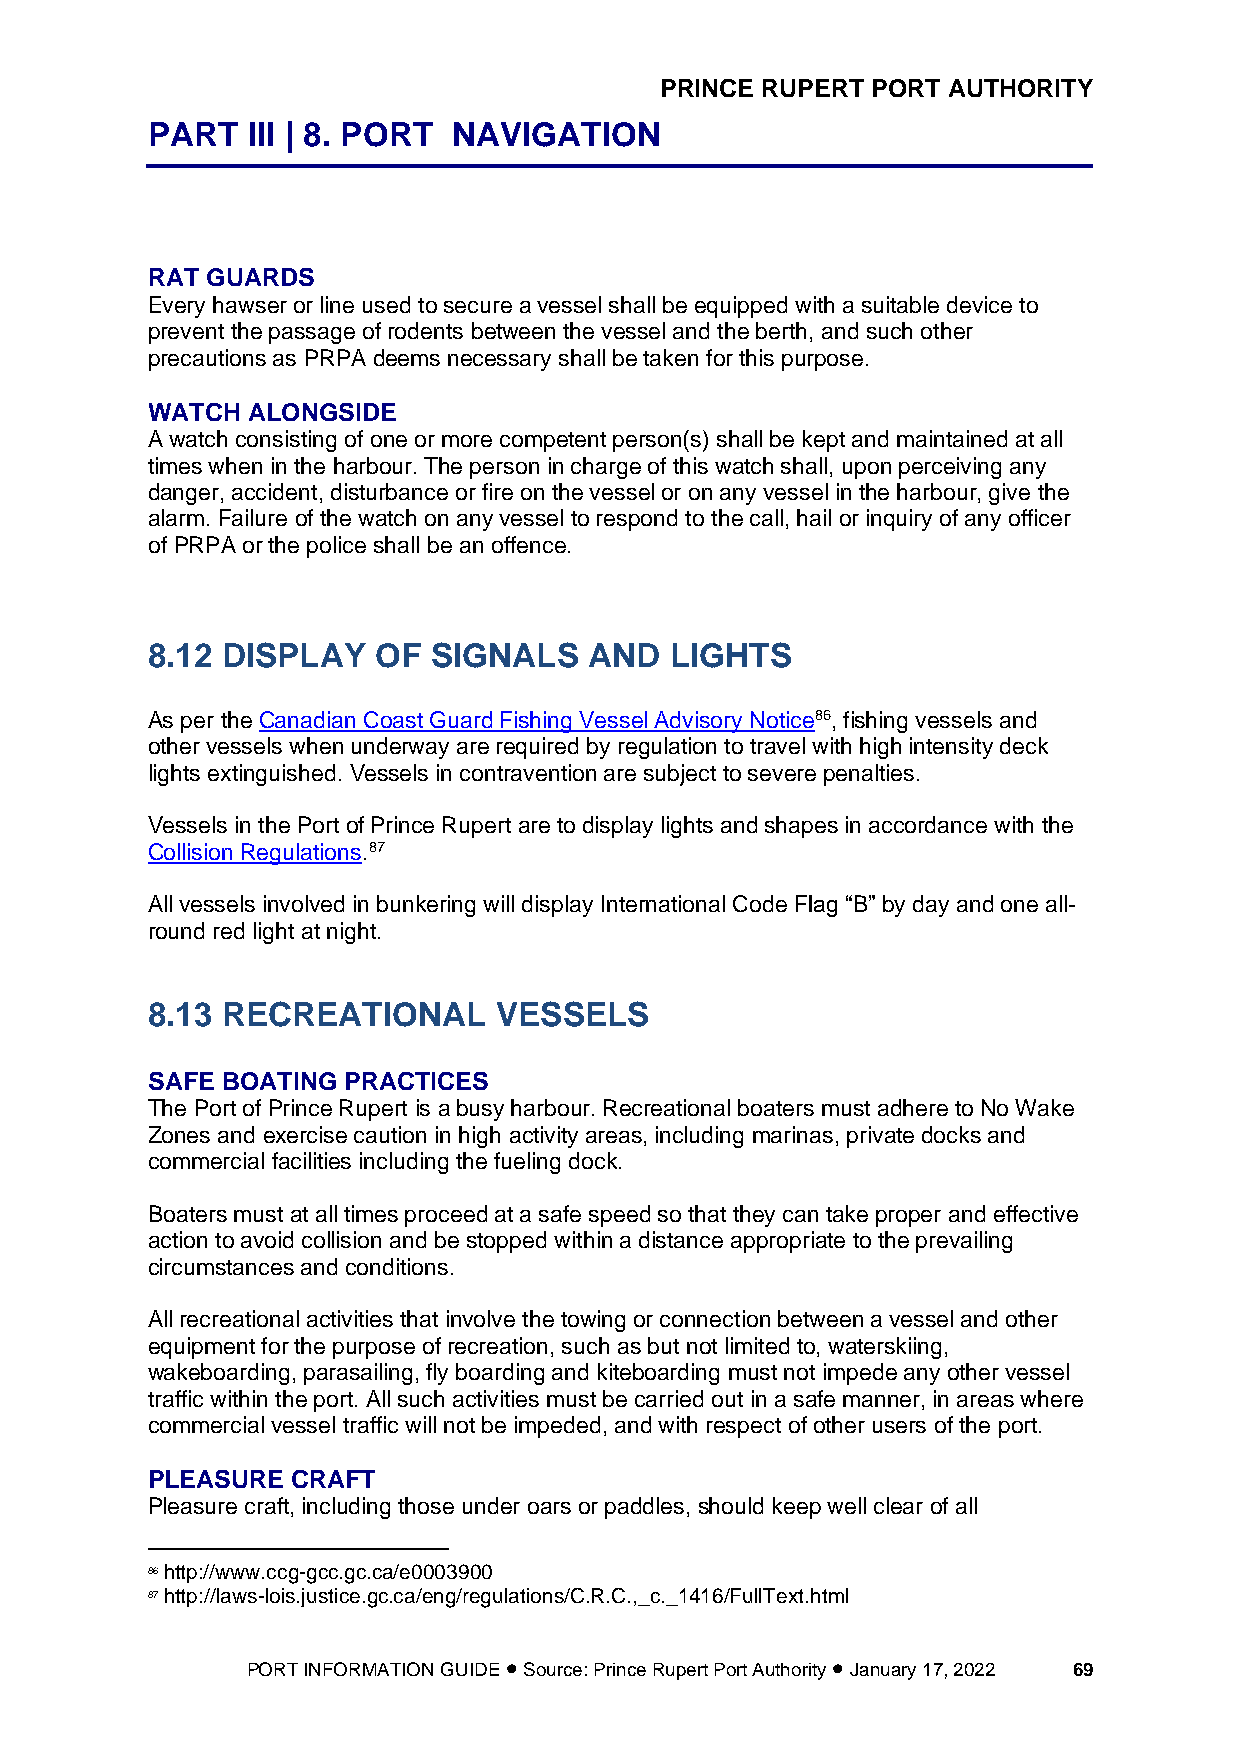
PRINCE RUPERT PORT AUTHORITY
 PART  III | 8. PORT NAVIGATION
 RAT GUARDS
 Every hawser or line used to secure a vessel shall be equipped with a suitable device to
 prevent the passage of rodents between the vessel and the berth, and such other
 precautions as PRPA deems necessary shall be taken for this purpose.
 WATCH ALONGSIDE
 A watch consisting of one or more competent person(s) shall be kept and maintained at all
 times when in the harbour. The person in charge of this watch shall, upon perceiving any
 danger, accident, disturbance or fire on the vessel or on any vessel in the harbour, give the
 alarm. Failure of the watch on any vessel to respond to the call, hail or inquiry of any officer
 of PRPA or the police shall be an offence.
 8.12 DISPLAY   OF  SIGNALS   AND  LIGHTS
 As per the Canadian Coast Guard Fishing Vessel Advisory Notice86, fishing vessels and
 other vessels when underway are required by regulation to travel with high intensity deck
 lights extinguished. Vessels in contravention are subject to severe penalties.
 Vessels in the Port of Prince Rupert are to display lights and shapes in accordance with the
 Collision Regulations.87
 All vessels involved in bunkering will display International Code Flag “B” by day and one all-
 round red light at night.
 8.13 RECREATIONAL      VESSELS
 SAFE BOATING PRACTICES
 The Port of Prince Rupert is a busy harbour. Recreational boaters must adhere to No Wake
 Zones and exercise caution in high activity areas, including marinas, private docks and
 commercial facilities including the fueling dock.
 Boaters must at all times proceed at a safe speed so that they can take proper and effective
 action to avoid collision and be stopped within a distance appropriate to the prevailing
 circumstances and conditions.
 All recreational activities that involve the towing or connection between a vessel and other
 equipment for the purpose of recreation, such as but not limited to, waterskiing,
 wakeboarding, parasailing, fly boarding and kiteboarding must not impede any other vessel
 traffic within the port. All such activities must be carried out in a safe manner, in areas where
 commercial vessel traffic will not be impeded, and with respect of other users of the port.
 PLEASURE CRAFT
 Pleasure craft, including those under oars or paddles, should keep well clear of all
 86 http://www.ccg-gcc.gc.ca/e0003900
 87 http://laws-lois.justice.gc.ca/eng/regulations/C.R.C.,_c._1416/FullText.html
 PORT INFORMATION GUIDE • Source: Prince Rupert Port Authority • January 17, 2022 69